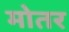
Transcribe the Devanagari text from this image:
मोतर